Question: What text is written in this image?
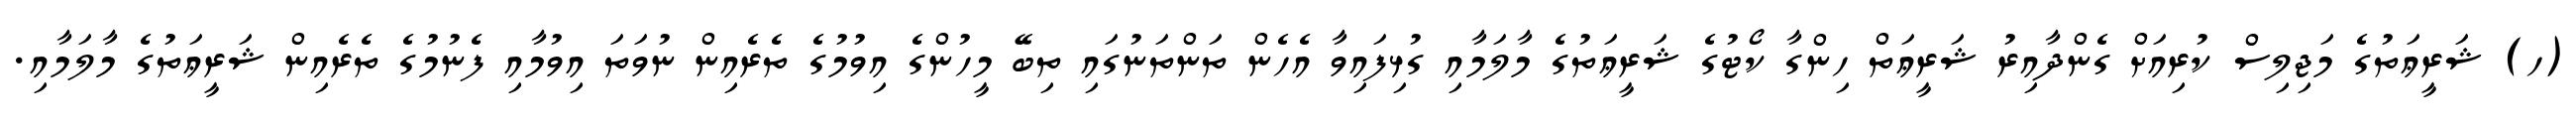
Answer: (ހ) ޝަރީޢަތުގެ މަޖިލިސް ކުރިއަށް ގެންދާއިރު ޝަރީޢަތް ހިންގާ ކޯޓުގެ ޝަރީޢަތުގެ މާލަމާއި ގުޅިފައިވާ އެހެން ތަންތަނުގައި ތިބޭ މީހުންގެ އިވުމުގެ ތެރެއިން ނުވަތަ އިވުމާއި ފެނުމުގެ ތެރެއިން ޝަރީޢަތުގެ މާލަމާއި.